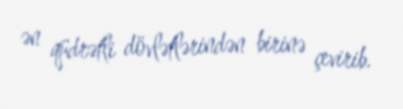
ən qüdrətli dövlətlərindən birinə çevirib.